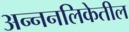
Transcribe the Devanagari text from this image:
अन्ननलिकेतील